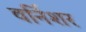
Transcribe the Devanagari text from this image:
वर्निशर